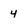
Character: 4